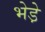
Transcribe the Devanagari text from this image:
भेडे़